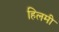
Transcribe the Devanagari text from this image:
हिलमी